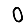
Digit: 0